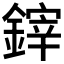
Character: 𨫃